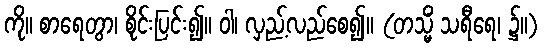
ကို။ စာရေတွာ၊ စိုင်းပြင်း၍။ ဝါ၊ လှည့်လည်စေ၍။ (တသ္မိံ သရီရေ၊ ၌။)